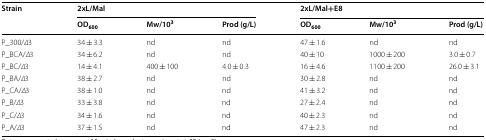
| <ROWSPAN=2> Strain | <COLSPAN=3> 2xL/Mal | <COLSPAN=3> 2xL/Mal+E8 |
 | OD600 | Mw/103 | Prod (g/L) | OD600 | Mw/103 | Prod (g/L) |
 | --- | --- | --- | --- | --- | --- | --- |
 | P_300/∆3 | 34 ± 3.3 | nd | nd | 47 ± 1.6 | nd | nd |
 | P_BCA/∆3 | 34 ± 6.2 | nd | nd | 40 ± 10 | 1000 ± 200 | 3.0 ± 0.7 |
 | P_BC/∆3 | 14 ± 4.1 | 400 ± 100 | 4.0 ± 0.3 | 16 ± 4.6 | 1100 ± 200 | 26.0 ± 3.1 |
 | P_BA/∆3 | 38 ± 2.7 | nd | nd | 30 ± 2.8 | nd | nd |
 | P_CA/∆3 | 38 ± 1.0 | nd | nd | 41 ± 3.2 | nd | nd |
 | P_B/∆3 | 33 ± 3.8 | nd | nd | 27 ± 2.4 | nd | nd |
 | P_C/∆3 | 34 ± 1.6 | nd | nd | 40 ± 2.3 | nd | nd |
 | P_A/∆3 | 37 ± 1.5 | nd | nd | 47 ± 2.3 | nd | nd |